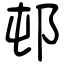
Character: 邨